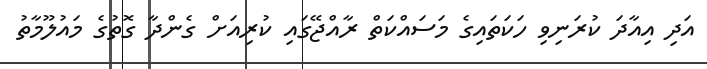
އަދި އިއާދަ ކުރަނިވި ހަކަތައިގެ މަސައްކަތް ރާއްޖޭގައި ކުރިއަށް ގެންދާ ގޮތުގެ މައުލޫމާތު